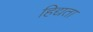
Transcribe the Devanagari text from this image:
हिद्यता